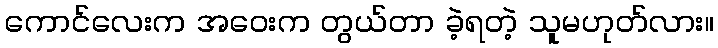
ကောင်လေးက အဝေးက တွယ်တာ ခဲ့ရတဲ့ သူမဟုတ်လား။